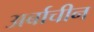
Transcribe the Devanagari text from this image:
अर्बाचीन